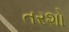
તરશો